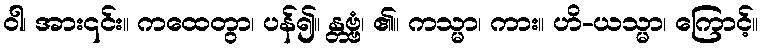
ဝါ၊ အား၎င်း။ ကထေတွာ၊ ပန်၍။ န္တဗ္ဗံ၊ ၏။ ကသ္မာ၊ ကား။ ဟိ-ယသ္မာ၊ ကြောင့်။